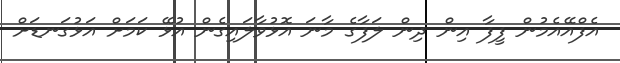
އެފްއޭއެމުން ފީފާ އިން ދިން ލަފާގެ މާނަ އޮޅުވާލައިގެން އުޅޭ ކަމަށް އަޅުގަނޑަށް